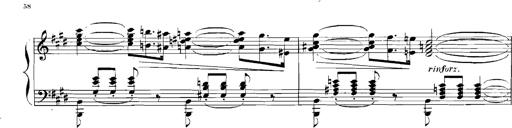
Title: Rhapsodies hongroises
Composer: Franz Liszt